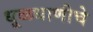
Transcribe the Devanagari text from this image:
धूळधाणीचे